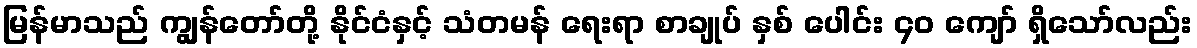
မြန်မာသည် ကျွန်တော်တို့ နိုင်ငံနှင့် သံတမန် ရေးရာ စာချုပ် နှစ် ပေါင်း ၄၀ ကျော် ရှိသော်လည်း